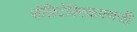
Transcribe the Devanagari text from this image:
पॉलिटेक्निकपणजी